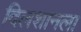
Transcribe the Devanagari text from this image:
दिलशानला